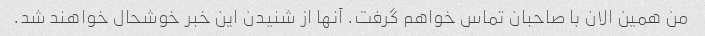
من همین الان با صاحبان تماس خواهم گرفت. آنها از شنیدن این خبر خوشحال خواهند شد.